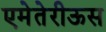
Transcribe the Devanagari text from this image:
एमेतेरीऊस